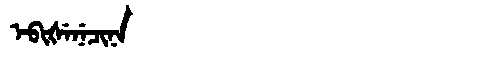
Manchu: ᡝᠪᡳᡧᡝᠨᡝᠴᡳᠨᠠ
Romanization: EBIŠENECINA